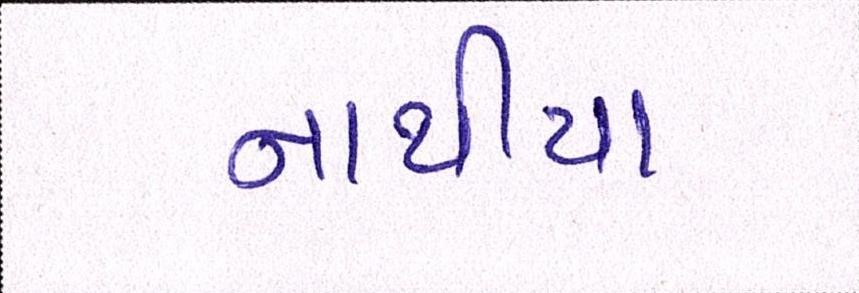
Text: નાથીયા